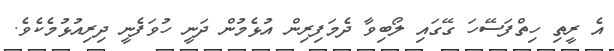
އެ ރީތި ހިތްފަސޭހަ ގޭގައި ލޯބިވާ ދެމަފިރިން އުޅެމުން ދަނީ ހުވަފެނީ ދިރިއުޅުމެކެވެ.